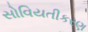
સોવિયતીકરણ